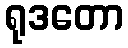
ရုဒတော